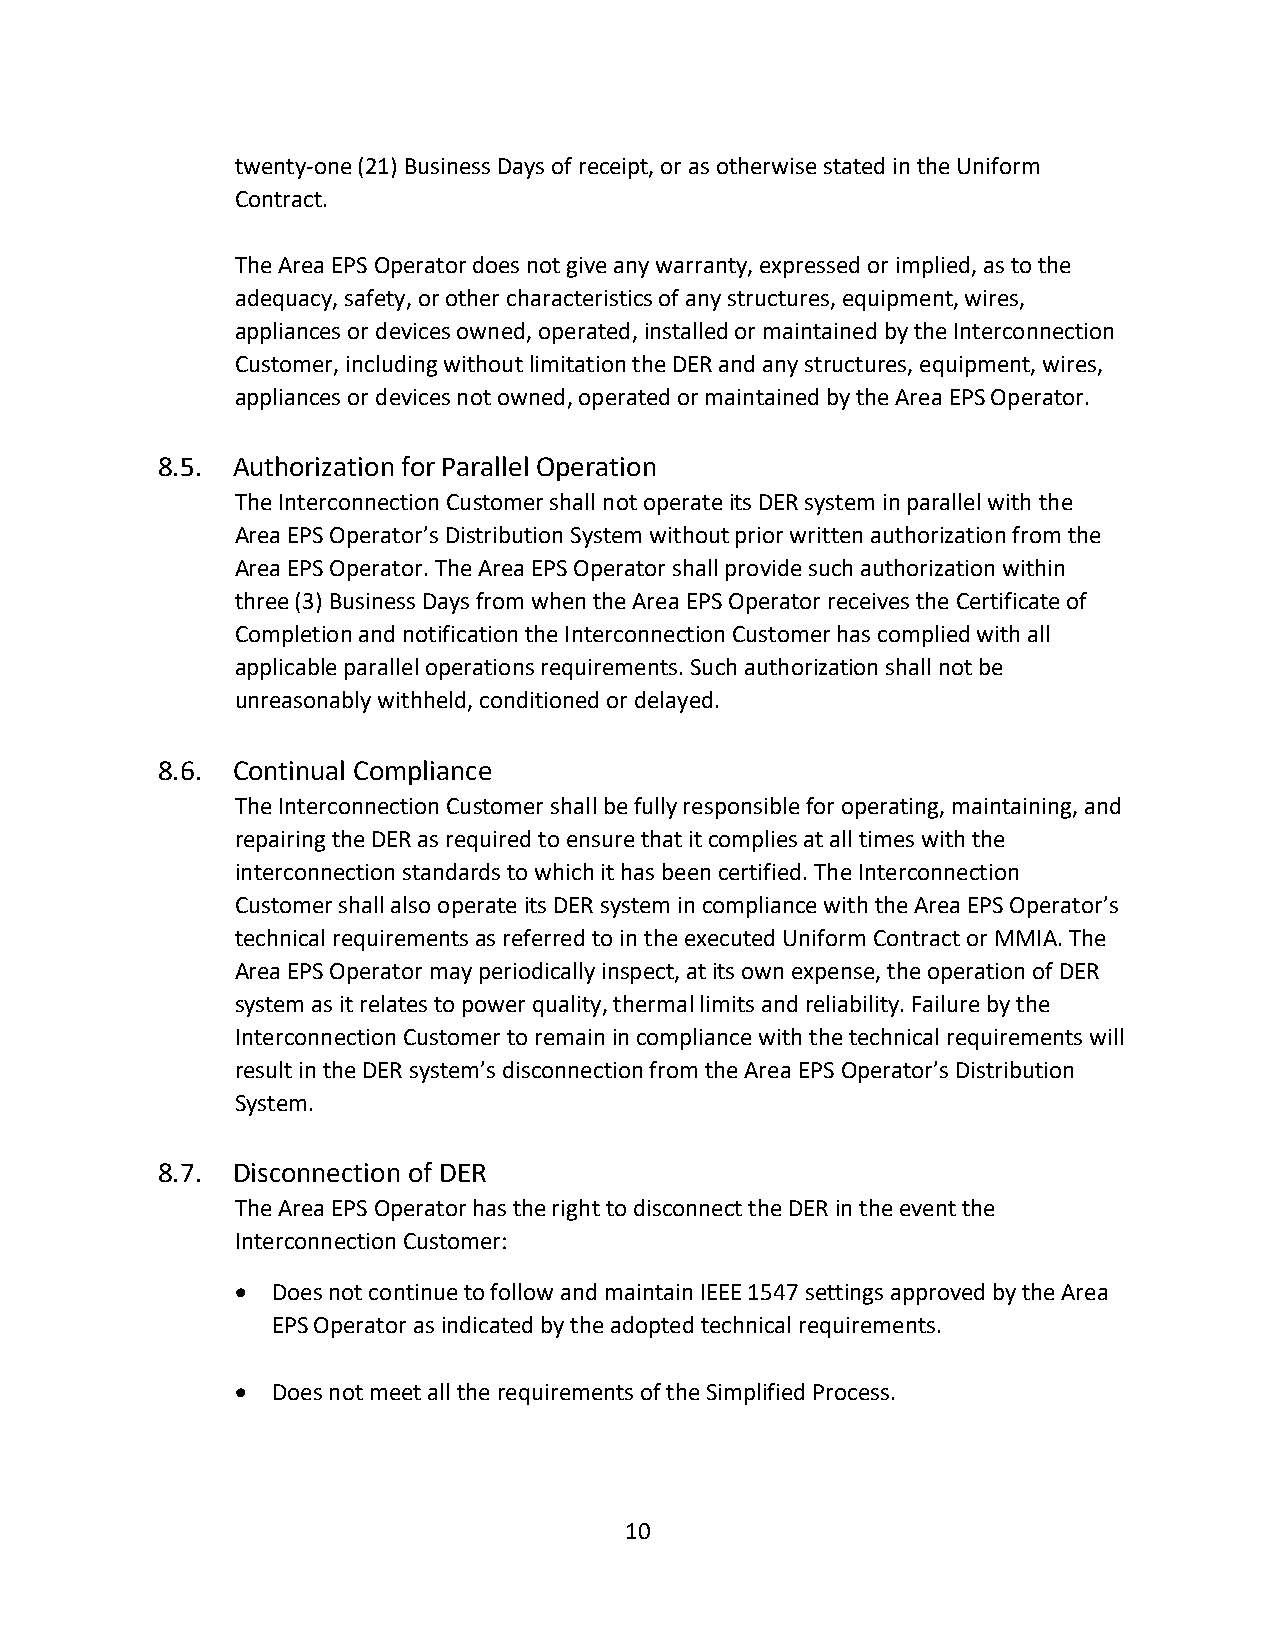
twenty-one (21) Business Days of receipt, or as otherwise stated in the Uniform
 Contract.
 The Area EPS Operator does not give any warranty, expressed or implied, as to the
 adequacy, safety, or other characteristics of any structures, equipment, wires,
 appliances or devices owned, operated, installed or maintained by the Interconnection
 Customer, including without limitation the DER and any structures, equipment, wires,
 appliances or devices not owned, operated or maintained by the Area EPS Operator.
 8.5. Authorization for Parallel Operation
 The Interconnection Customer shall not operate its DER system in parallel with the
 Area EPS Operator’s Distribution System without prior written authorization from the
 Area EPS Operator. The Area EPS Operator shall provide such authorization within
 three (3) Business Days from when the Area EPS Operator receives the Certificate of
 Completion and notification the Interconnection Customer has complied with all
 applicable parallel operations requirements. Such authorization shall not be
 unreasonably withheld, conditioned or delayed.
 8.6. Continual Compliance
 The Interconnection Customer shall be fully responsible for operating, maintaining, and
 repairing the DER as required to ensure that it complies at all times with the
 interconnection standards to which it has been certified. The Interconnection
 Customer shall also operate its DER system in compliance with the Area EPS Operator’s
 technical requirements as referred to in the executed Uniform Contract or MMIA. The
 Area EPS Operator may periodically inspect, at its own expense, the operation of DER
 system as it relates to power quality, thermal limits and reliability. Failure by the
 Interconnection Customer to remain in compliance with the technical requirements will
 result in the DER system’s disconnection from the Area EPS Operator’s Distribution
 System.
 8.7. Disconnection of DER
 The Area EPS Operator has the right to disconnect the DER in the event the
 Interconnection Customer:
  Does not continue to follow and maintain IEEE 1547 settings approved by the Area
 EPS Operator as indicated by the adopted technical requirements.
  Does not meet all the requirements of the Simplified Process.
 10